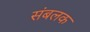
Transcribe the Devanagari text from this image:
संबलक